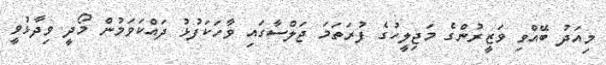
މިއަދު ބޭއްވި ވަޒީރުންގެ މަޖިލީހުގެ ފުރަތަމަ ޖަލްސާގައި ވާހަކަފުޅު ދައްކަވަމުން މޯދީ ވިދާޅުވީ